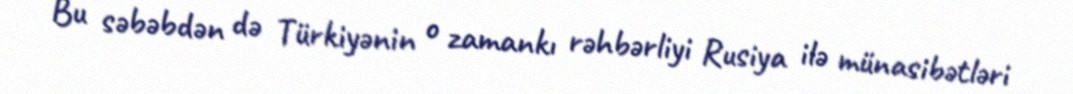
Bu səbəbdən də Türkiyənin o zamankı rəhbərliyi Rusiya ilə münasibətləri